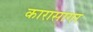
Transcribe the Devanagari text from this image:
कारासागर